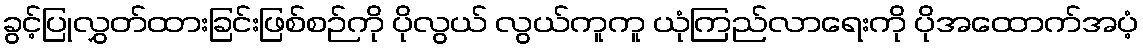
ခွင့်ပြုလွှတ်ထားခြင်းဖြစ်စဉ်ကို ပိုလွယ် လွယ်ကူကူ ယုံကြည်လာရေးကို ပိုအထောက်အပံ့